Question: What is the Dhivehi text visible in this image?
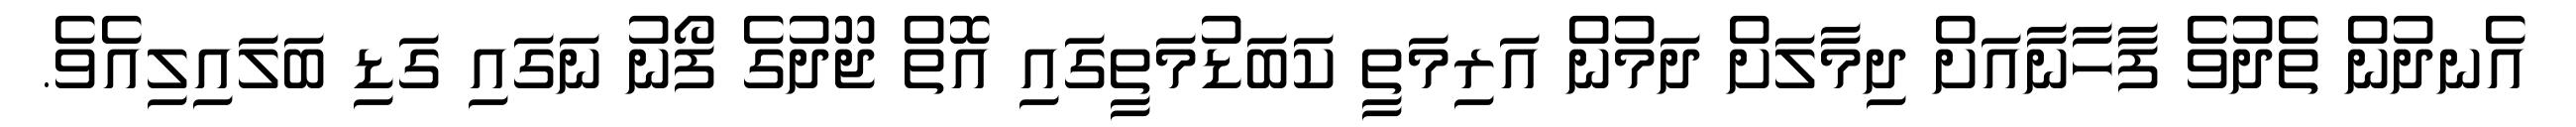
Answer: އެނދުން ތެދުވެ ފާހާނާއަށް ދިމާލަށް ދަމުން އަރިމަތީ ކަބަޑުމަތީގައި އޮތް ޖޫދުގެ ފޯނު ނަގައި ގަޑި ބަލައިލިއެވެ.